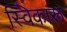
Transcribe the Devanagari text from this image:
स्विकारू